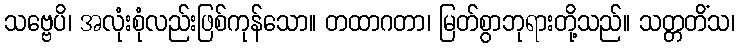
သဗ္ဗေပိ၊ အလုံးစုံလည်းဖြစ်ကုန်သော။ တထာဂတာ၊ မြတ်စွာဘုရားတို့သည်။ သတ္တတိံသ၊